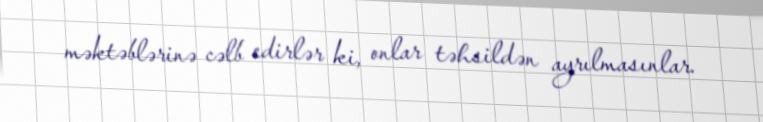
məktəblərinə cəlb edirlər ki, onlar təhsildən ayrılmasınlar.